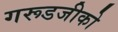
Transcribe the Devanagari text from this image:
गरूडजीको